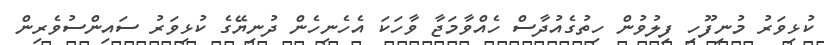
ކުޅިވަރު މުނިފޫހި ފިލުވުން ހިތުގެއުދާސް ހެއްވާމަޖާ ވާހަކަ އެހެނިހެން ދުނިޔޭގެ ކުޅިވަރު ސައިންސުވެރިން